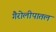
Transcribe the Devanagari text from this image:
गैरोलीपातल